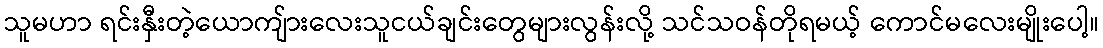
သူမဟာ ရင်းနှီးတဲ့ယောကျ်ားလေးသူငယ်ချင်းတွေများလွန်းလို့ သင်သဝန်တိုရမယ့် ကောင်မလေးမျိုးပေါ့။